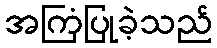
အကြံပြုခဲ့သည်